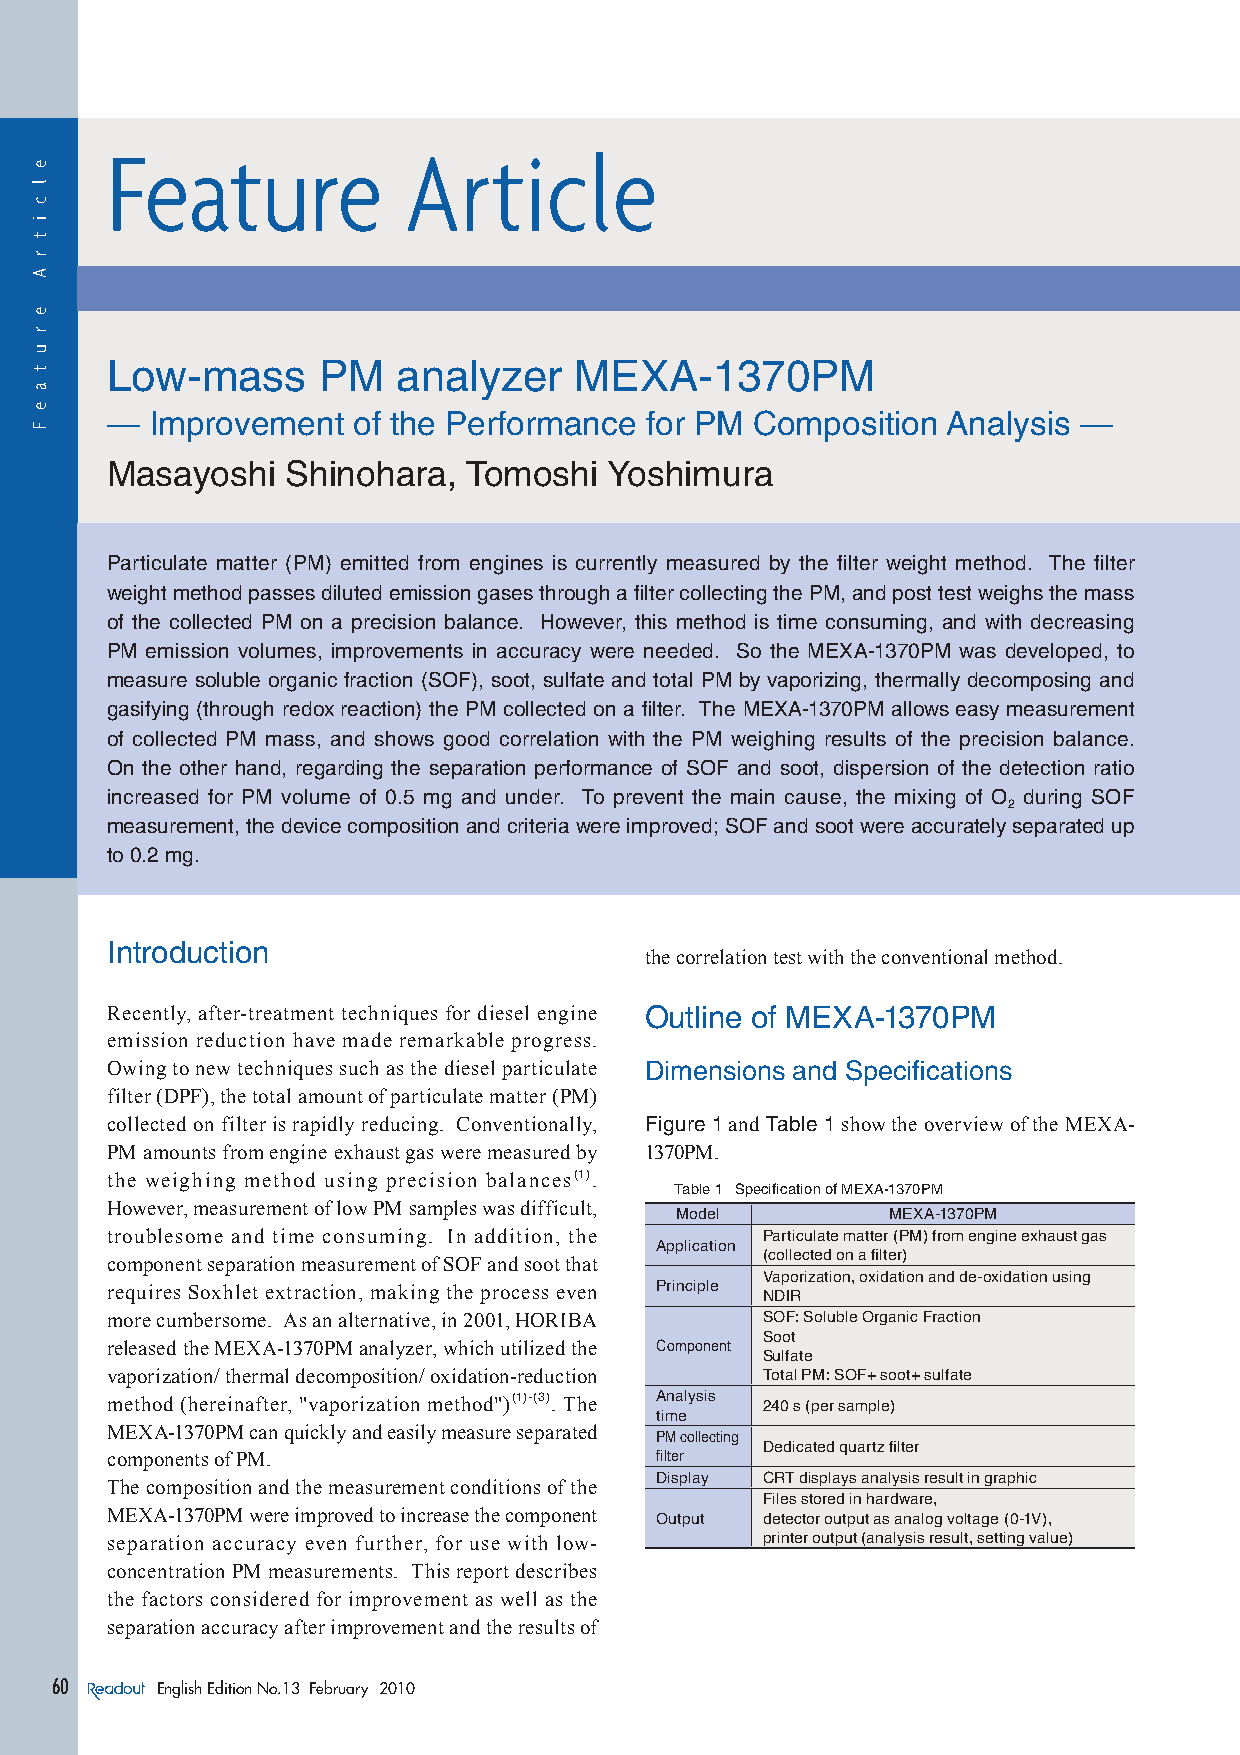
Feature             Article
 Low-mass      PM   analyzer    MEXA-1370PM
 —  Improvement  of the Performance  for PM Composition  Analysis —
 Masayoshi   Shinohara,  Tomoshi  Yoshimura
 Particulate matter (PM) emitted from engines is currently measured by the filter weight method. The filter
 weight method passes diluted emission gases through a fi lter collecting the PM, and post test weighs the mass
 of the collected PM on a precision balance. However, this method is time consuming, and with decreasing
 PM emission volumes, improvements in accuracy were needed. So the MEXA-1370PM was developed, to
 measure soluble organic fraction (SOF), soot, sulfate and total PM by vaporizing, thermally decomposing and
 gasifying (through redox reaction) the PM collected on a fi lter. The MEXA-1370PM allows easy measurement
 of collected PM mass, and shows good correlation with the PM weighing results of the precision balance.
 On the other hand, regarding the separation performance of SOF and soot, dispersion of the detection ratio
 increased for PM volume of 0.5 mg and under. To prevent the main cause, the mixing of O during SOF
 2
 measurement, the device composition and criteria were improved; SOF and soot were accurately separated up
 to 0.2 mg.
 Introduction
 the correlation test with the conventional method.
 Recently, after-treatment techniques for diesel engine Outline of MEXA-1370PM
 emission reduction have made remarkable progress.
 Owing to new techniques such as the diesel particulate Dimensions and Specifi cations
 filter (DPF), the total amount of particulate matter (PM)
 collected on filter is rapidly reducing. Conventionally, Figure 1 and Table 1 show the overview of the MEXA-
 PM amounts from engine exhaust gas were measured by 1370PM.
 the weighing method using precision balances(1).
 Table 1 Specifi cation of MEXA-1370PM
 However, measurement of low PM samples was difficult,
 Model         MEXA-1370PM
 troublesome and time consuming. In addition, the Particulate matter (PM) from engine exhaust gas
 Application
 (collected on a fi lter)
 component separation measurement of SOF and soot that
 Vaporization, oxidation and de-oxidation using
 requires Soxhlet extraction, making the process even Principle NDIR
 more cumbersome. As an alternative, in 2001, HORIBA SOF: Soluble Organic Fraction
 Soot
 released the MEXA-1370PM analyzer, which utilized the Component
 Sulfate
 vaporization/ thermal decomposition/ oxidation-reduction Total PM: SOF+ soot+ sulfate
 method (hereinafter, "vaporization method")(1)-(3). The Analysis 240 s (per sample)
 time
 MEXA-1370PM can quickly and easily measure separated
 PM collecting
 Dedicated quartz fi lter
 components of PM.                   fi lter
 Display CRT displays analysis result in graphic
 The composition and the measurement conditions of the
 Files stored in hardware,
 MEXA-1370PM were improved to increase the component Output detector output as analog voltage (0-1V),
 separation accuracy even further, for use with low- printer output (analysis result, setting value)
 concentration PM measurements. This report describes
 the factors considered for improvement as well as the
 separation accuracy after improvement and the results of
 60     English Edition No.13 February 2010
 e
 l
 c
 i
 t
 r
 A
 e
 r
 u
 t
 a
 e
 F